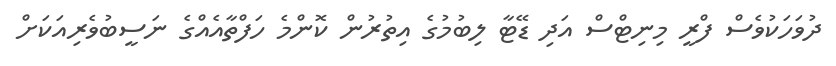
ދުވަހަކުވެސް ފްރީ މިނިޓްސް އަދި ޑޭޓާ ލިބުމުގެ އިތުރުން ކޮންމެ ހަފްތާއެއްގެ ނަސީބުވެރިއަކަށް